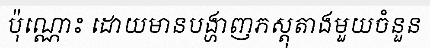
ប៉ុណ្ណោះ ដោយមានបង្ហាញភស្តុតាងមួយចំនួន